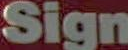
Sign